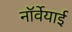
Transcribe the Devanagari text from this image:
नॉर्वेयाई